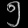
Digit: ၅